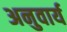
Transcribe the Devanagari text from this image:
अनुवार्य